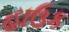
હાઉક